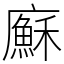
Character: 㢝